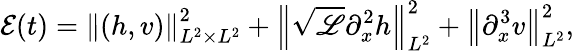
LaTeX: \mathcal{E}(t)=\left\| (h,v)\right\| _{L^{2}\times L^{2}}^{2}+\left\| \sqrt{\mathscr{L}}\partial_{x}^{2}h\right\| _{L^{2}}^{2}+\left\| \partial_{x}^{3}v\right\| _{L^{2}}^{2},